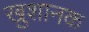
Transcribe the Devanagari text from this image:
खुशानक